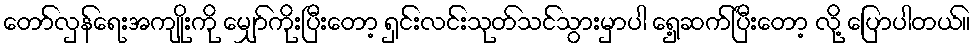
တော်လှန်ရေးအကျိုးကို မျှော်ကိုးပြီးတော့ ရှင်းလင်းသုတ်သင်သွားမှာပါ ရှေ့ဆက်ပြီးတော့ လို့ ပြောပါတယ်။